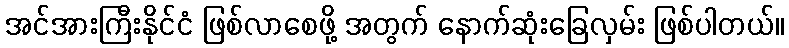
အင်အားကြီးနိုင်ငံ ဖြစ်လာစေဖို့ အတွက် နောက်ဆုံးခြေလှမ်း ဖြစ်ပါတယ်။